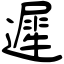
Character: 遲